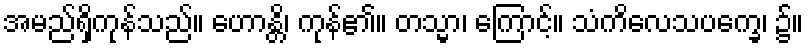
အမည်ရှိကုန်သည်။ ဟောန္တိ၊ ကုန်၏။ တသ္မာ၊ ကြောင့်။ သံကိလေသပက္ခေ၊ ၌။